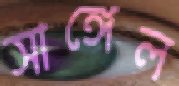
সাঙ্গেল